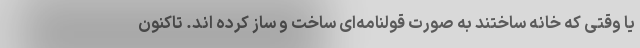
یا وقتی که خانه ساختند به صورت قولنامه‌ای ساخت و ساز کرده اند. تاکنون